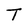
Character: T